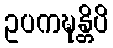
ဥပကဍ္ဎန္တိပိ